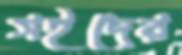
সইদের